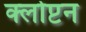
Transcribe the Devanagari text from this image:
क्लोप्टन